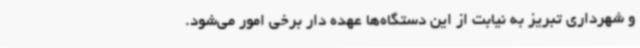
و شهرداری تبریز به نیابت از این دستگاه‌ها عهده دار برخی امور می‌شود.